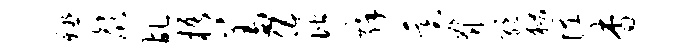
殛颜乩梧羞伍偕舜基脊绝狱怪杳